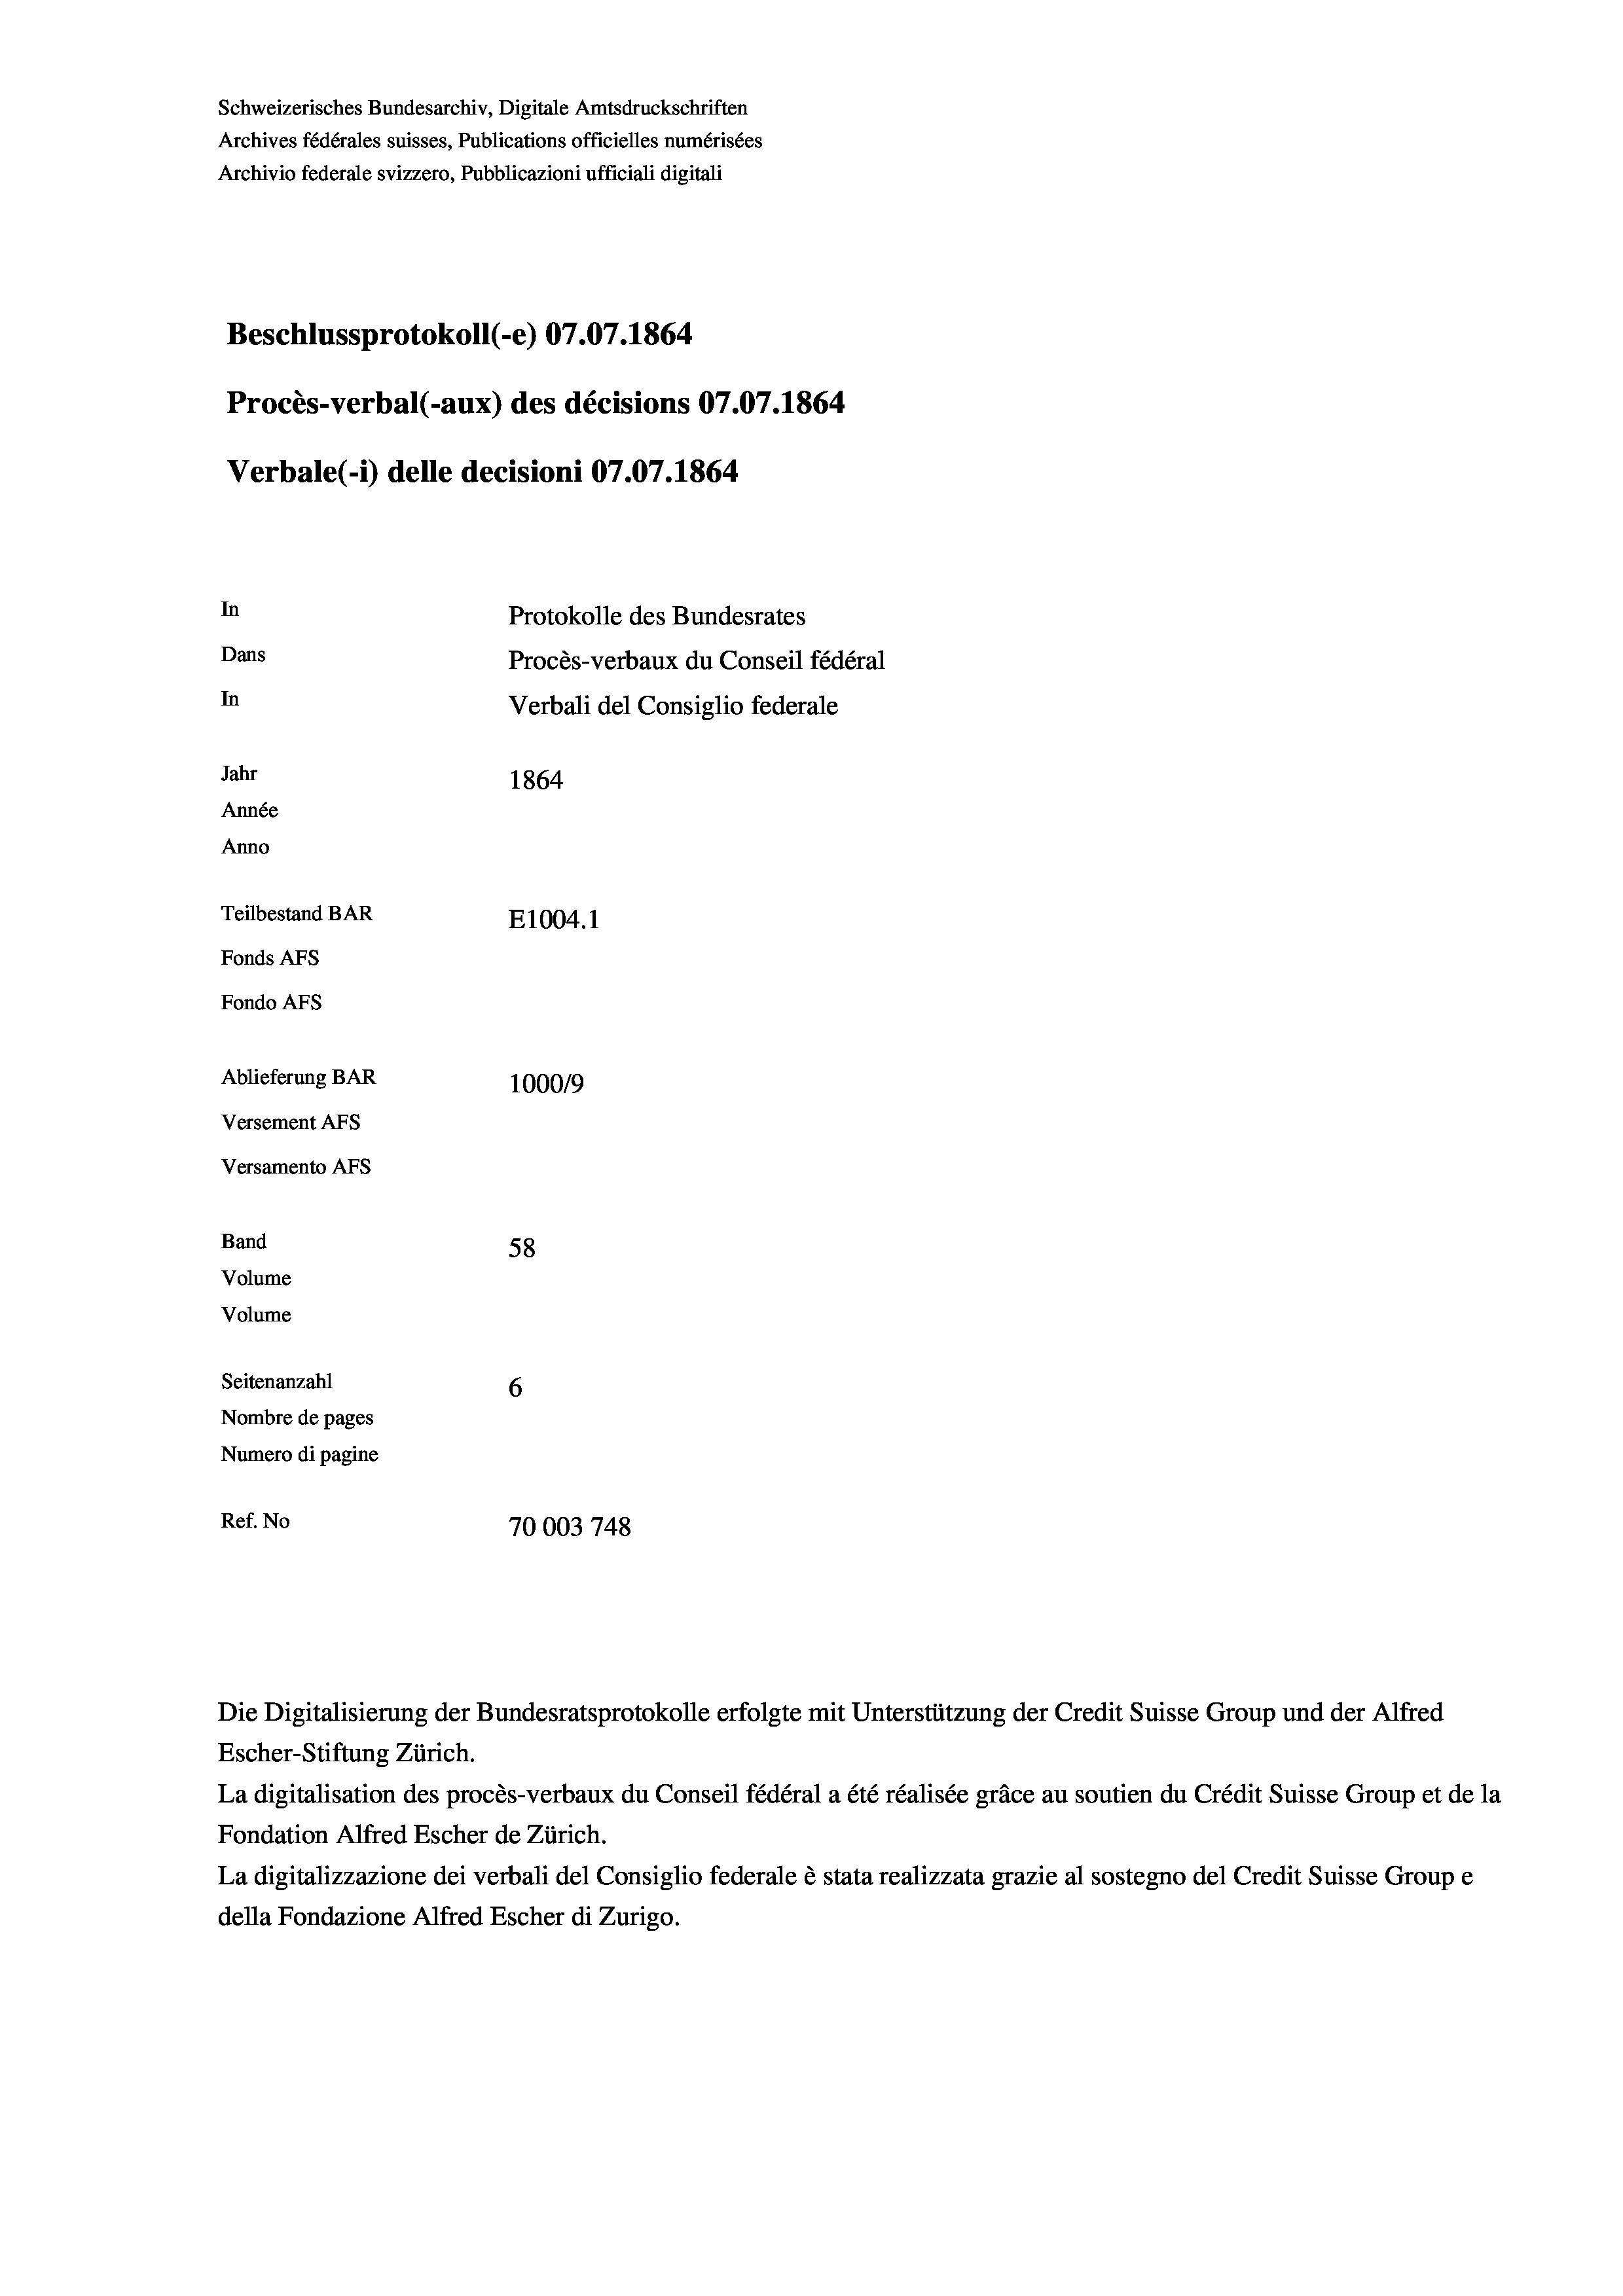
Schweizerisches Bundesarchiv, Digitale Amtsdruckschriften
Archives fédérales suisses, Publications officielles numérisées
Archivio federale svizzero, Pubblicazioni ufficiali digitali
Beschlussprotokoll (-e) 07.07. 1864
Procès-verbal (-aux) des décisions 07.07.1864
Verbale(-*) delle decisioni 07.07. 1864
In
Protokolle des Bundesrates
Dans
Procès-verbaux du Conseil fédéral
In
Verbali del Consiglio federale
Jahr
1864
Année
Anno
Teilbestand BAR
E1004. 1
Fonds AFs
Fondo AFs

Ablieferung BAR
Versement AFs
Versamento AFs
Band
Volume
Volume

58
Seitenanzahl
6
Nombre de pages
Numero di pagine
Ref. No
70003 748

100019

La digitalisation des procès-verbaux du Conseil fédéral a été réalisée gräce au soutien du Crédit Suisse Group et de la
Fondation Alfred Escher de Zürich.
La digitalizzazione dei verbali del Consiglio federale è stata realizzata grazie al sostegno del Credit Suisse Groupe
della Fondazione Alfred Escher di Zurigo.

Die Digitalisierung der Bundesratsprotokolle erfolgte mit Unterstützung der Credit Suisse Group und der Alfred
Escher-Stiftung Zürich.